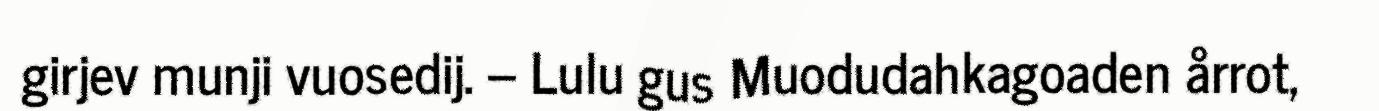
girjev munji vuosedij. – Lulu gus Muodudahkagoaden årrot,